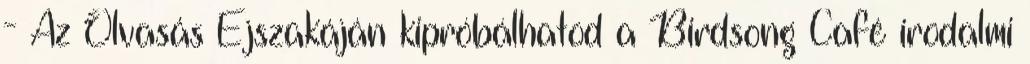
- Az Olvasás Éjszakáján kipróbálhatod a Birdsong Café irodalmi